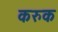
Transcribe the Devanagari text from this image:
करुक